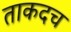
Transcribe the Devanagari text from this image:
ताकदच